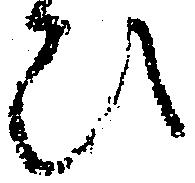
ひ